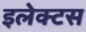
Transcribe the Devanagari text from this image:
इलेक्टस